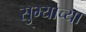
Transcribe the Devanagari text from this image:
सुभ्याच्या